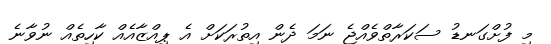
މި ފުށްގަނޑު ސަކަރާތްވެއްޖެ ނަމަ ދެން އިތުރަކަށް އެ ޕިއްޒާއެއް ކާހިތެއް ނުވާނެ